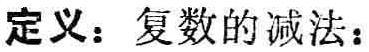
定义：复数的减法：